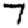
Digit: 7